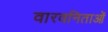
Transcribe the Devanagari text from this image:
वारवनिताओं